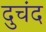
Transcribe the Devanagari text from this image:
दुचंद